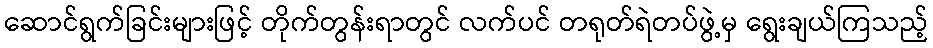
ဆောင်ရွက်ခြင်းများဖြင့် တိုက်တွန်းရာတွင် လက်ပင် တရုတ်ရဲတပ်ဖွဲ့မှ ရွေးချယ်ကြသည့်